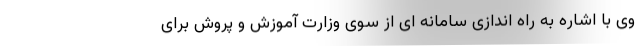
وی با اشاره به راه اندازی سامانه ای از سوی وزارت آموزش و پروش برای